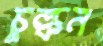
চুল্‌কন